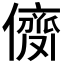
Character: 𠎗